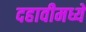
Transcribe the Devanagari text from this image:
दहावीमध्ये